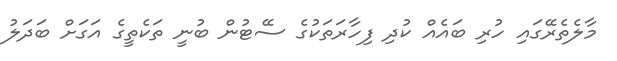
މާލެތެރޭގައި ހުރި ބައެއް ކުދި ފިހާރަތަކުގެ ސޭޓުން ބުނީ ތަކެތީގެ އަގަށް ބަދަލު